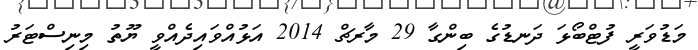
މަޑުވަރީ ފުޓްބޯޅަ ދަނޑުގެ ބިންގާ 29 މާރޗް 2014 އަޅުއްވައިދެއްވީ ޔޫތު މިނިސްޓަރު